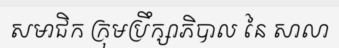
សមាជិក ក្រុមប្រឹក្សាភិបាល នៃ សាលា